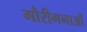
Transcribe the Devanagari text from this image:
गौरीगनाओं